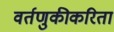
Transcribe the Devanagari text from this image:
वर्तणुकीकरिता